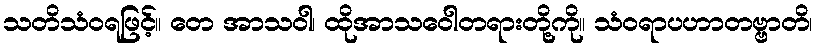
သတိသံဝရဖြင့်။ တေ အာသဝါ၊ ထိုအာသဝေါတရားတို့ကို။ သံဝရာပဟာတဗ္ဗာတိ၊